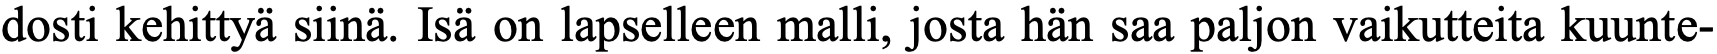
dosti kehittyä siinä. Isä on lapselleen malli, josta hän saa paljon vaikutteita kuunte-